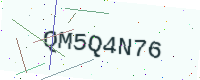
Text: QM5Q4N76